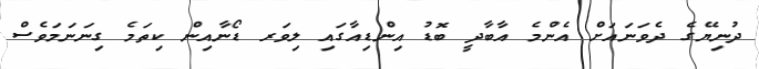
ދުނިޔޭގެ ދެވަނައަށް އެންމެ އާބާދީ ބޮޑު އިންޑިއާގައި ލިވަރ ޑޯނާއިން ކިތަމެ ގިނަނަމަވެސް